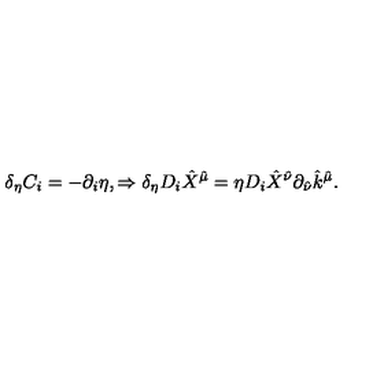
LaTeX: \delta _ { \eta } C _ { i } = - \partial _ { i } \eta , \Rightarrow \delta _ { \eta } D _ { i } \hat { X } ^ { \hat { \mu } } = \eta D _ { i } \hat { X } ^ { \hat { \nu } } \partial _ { \hat { \nu } } \hat { k } ^ { \hat { \mu } } .